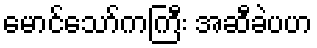
မောင်သော်ကကြီး အဆီခဲပဟ